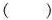
（）